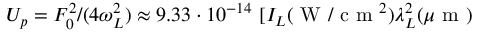
U _ { p } = F _ { 0 } ^ { 2 } / ( 4 \omega _ { L } ^ { 2 } ) \approx 9 . 3 3 \cdot 1 0 ^ { - 1 4 } \ [ I _ { L } ( \mathrm { ~ W ~ } / \mathrm { ~ c ~ m ~ } ^ { 2 } ) \lambda _ { L } ^ { 2 } ( \mu \mathrm { ~ m ~ } )